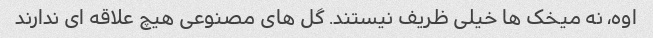
اوه، نه میخک ها خیلی ظریف نیستند. گل های مصنوعی هیچ علاقه ای ندارند